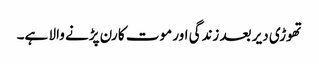
تھوڑی دیر بعد زندگی اور موت کا رن پڑنے والا ہے۔